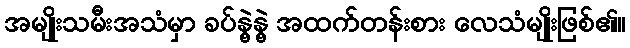
အမျိုးသမီးအသံမှာ ခပ်နွဲ့နွဲ့ အထက်တန်းစား လေသံမျိုးဖြစ်၏။